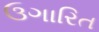
ઉગારિત